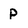
Character: p